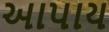
આપાય